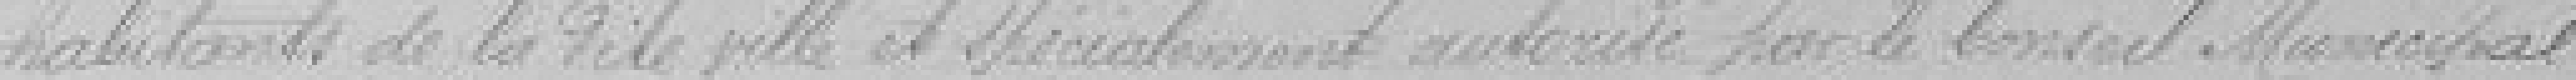
habitants de la dite ville et spécialement autorisé par le Conseil Municipal